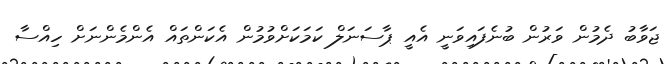
ޖަވާބު ދެމުން ވަރުން ބުނެފައިވަނީ އެއީ ޕާސަނަލް ކަމަކަށްވުމުން އެކަންތައް އެންމެންނަށް ހިއްސާ